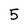
Character: 5